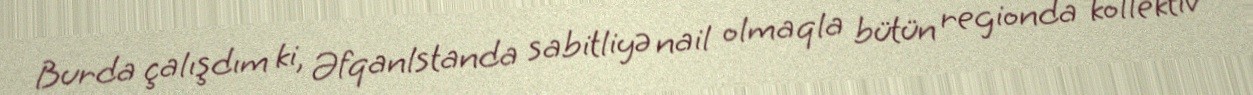
Burda çalışdım ki, Əfqanlstanda sabitliyə nail olmaqla bütün regionda kollektiv